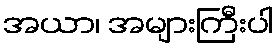
အယာ၊ အများကြီးပါ